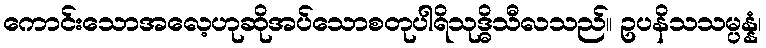
ကောင်းသောအလေ့ဟုဆိုအပ်သောစတုပါရိသုဒ္ဓိသီလသည်။ ဥပနိသသမ္ပန္နံ၊